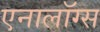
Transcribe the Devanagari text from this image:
एनालॉग्स